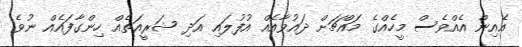
އެއިން އެއްވެސް މީހެއްގެ މައްޗަށް ދައުވާއެއް އުފުލައި އަދި ޝަރީއަތެއް ހިންގާފައެއް ނުވެ